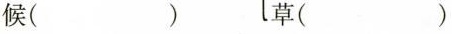
猴( )草( )